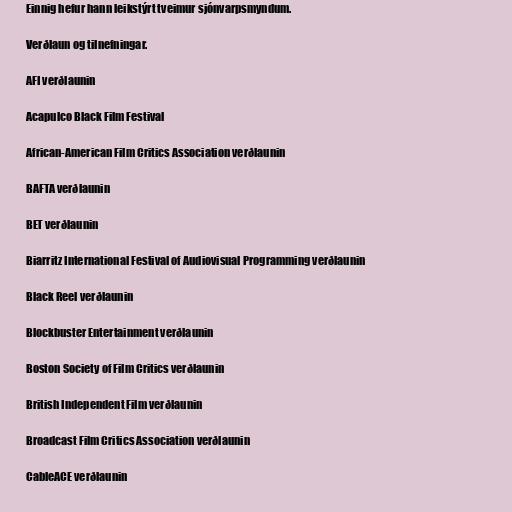
Einnig hefur hann leikstýrt tveimur sjónvarpsmyndum.

Verðlaun og tilnefningar.

AFI verðlaunin

Acapulco Black Film Festival

African-American Film Critics Association verðlaunin

BAFTA verðlaunin

BET verðlaunin

Biarritz International Festival of Audiovisual Programming verðlaunin

Black Reel verðlaunin

Blockbuster Entertainment verðlaunin

Boston Society of Film Critics verðlaunin

British Independent Film verðlaunin

Broadcast Film Critics Association verðlaunin

CableACE verðlaunin